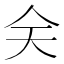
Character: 𠇄